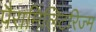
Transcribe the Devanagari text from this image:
पैरामिलिटरिज्म